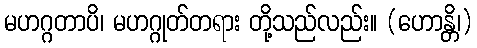
မဟဂ္ဂတာပိ၊ မဟဂ္ဂုတ်တရား တို့သည်လည်း။ (ဟောန္တိ၊)